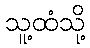
သူ့ထံသို့